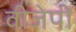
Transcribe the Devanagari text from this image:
वीजेपी